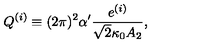
Q ^ { ( i ) } \equiv ( 2 \pi ) ^ { 2 } \alpha ^ { \prime } \frac { e ^ { ( i ) } } { \sqrt { 2 } \kappa _ { 0 } A _ { 2 } } ,